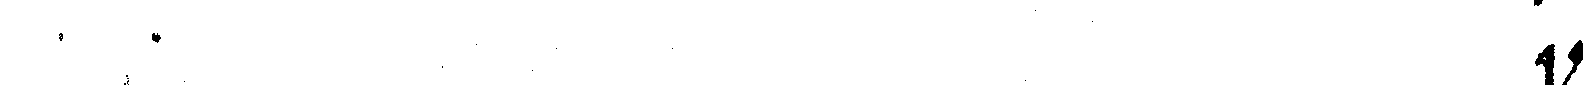
# d